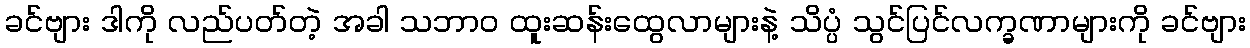
ခင်ဗျား ဒါကို လည်ပတ်တဲ့ အခါ သဘာဝ ထူးဆန်းထွေလာများနဲ့ သိပ္ပံ သွင်ပြင်လက္ခဏာများကို ခင်ဗျား